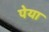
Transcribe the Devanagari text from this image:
पेया